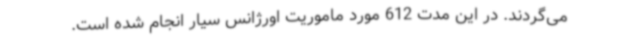
می‌گردند. در این مدت 612 مورد ماموریت اورژانس سیار انجام شده است.